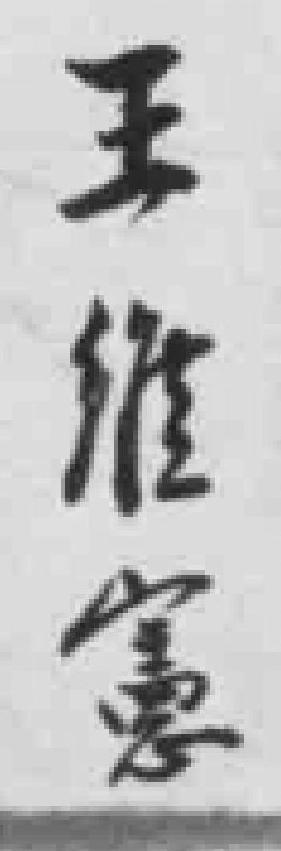
王维憲